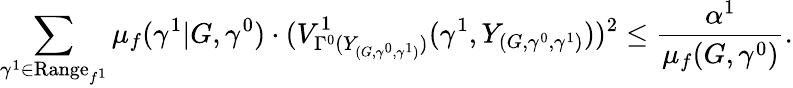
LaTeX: \sum_{\gamma^{1}\in\textrm{Range}_{f^{1}}}\mu_{f}(\gamma^{1}|G,\gamma^{0})\cdot(V_{\Gamma^{0}(Y_{(G,\gamma^{0},\gamma^{1})})}^{1}(\gamma^{1},Y_{(G,\gamma^{0},\gamma^{1})}))^{2}\leq\frac{\alpha^{1}}{\mu_{f}(G,\gamma^{0})}.